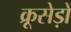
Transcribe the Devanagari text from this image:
क्रूसेड़ों